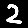
Digit: 2